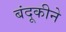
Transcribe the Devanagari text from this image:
बंदूकीने